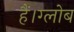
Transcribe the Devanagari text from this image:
हैं।ग्लोब